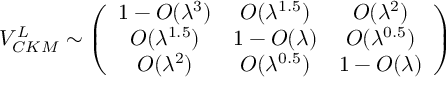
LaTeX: V _ { C K M } ^ { L } \sim \left( \begin{array} { c c c } { { 1 - O ( \lambda ^ { 3 } ) } } & { { O ( \lambda ^ { 1 . 5 } ) } } & { { O ( \lambda ^ { 2 } ) } } \\ { { O ( \lambda ^ { 1 . 5 } ) } } & { { 1 - O ( \lambda ) } } & { { O ( \lambda ^ { 0 . 5 } ) } } \\ { { O ( \lambda ^ { 2 } ) } } & { { O ( \lambda ^ { 0 . 5 } ) } } & { { 1 - O ( \lambda ) } } \end{array} \right)